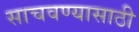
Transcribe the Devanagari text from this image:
साचवण्यासाठी